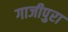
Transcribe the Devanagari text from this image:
गाजीपुरा